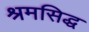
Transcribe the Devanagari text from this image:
श्रमसिद्ध